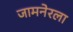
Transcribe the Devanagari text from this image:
जामनेरला